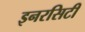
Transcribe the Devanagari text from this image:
इनरसिटी